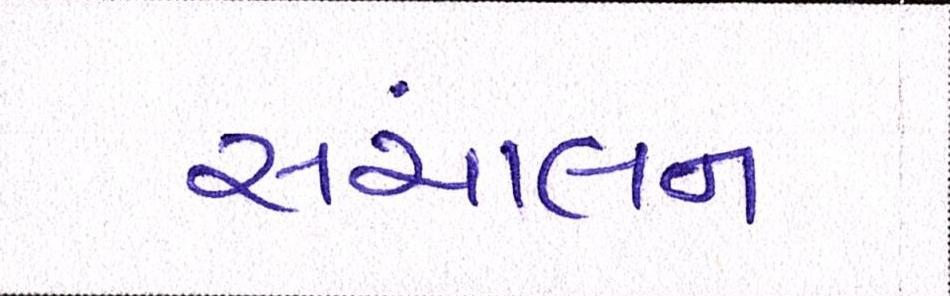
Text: સંચાલન